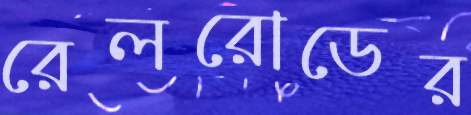
রেলরোডের